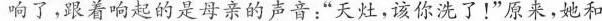
响了，跟着响起的是母亲的声音:“天灶，该你洗了!"原来，她和